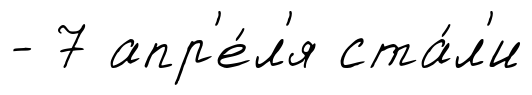
- 7 апр'е́л'я ста́л'и